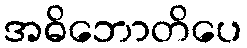
အဓိဘောတိပေ